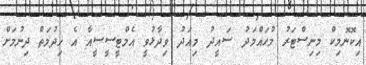
އިކޮނޮމިކް މިނިސްޓަރު މުހައްމަދު ސައީދު މިއަދު ވިދާޅުވީ އެމްޓީސީސީއާ އެ ޚިދުމަތް ދިނުމަށް